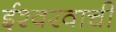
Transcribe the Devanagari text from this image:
ईश्वरवाची